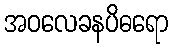
အဝလေခနပိဓရော